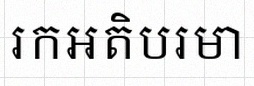
រកអតិបរមា